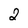
Character: 2